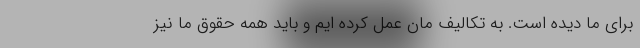
برای ما دیده است. به تکالیف مان عمل کرده ایم و باید همه حقوق ما نیز